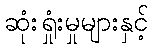
ဆုံးရှုံးမှုများနှင့်